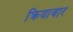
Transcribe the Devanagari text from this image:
क्रियावार